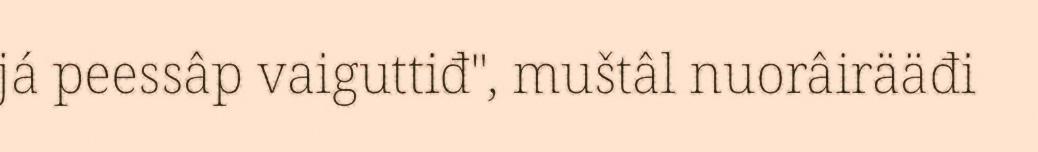
já peessâp vaiguttiđ", muštâl nuorâirääđi